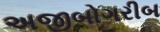
અજીબોગરીબ